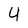
Character: 4